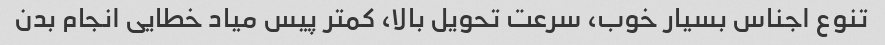
تنوع اجناس بسیار خوب، سرعت تحویل بالا، کمتر پیس میاد خطایی انجام بدن